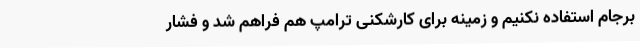
برجام استفاده نکنیم و زمینه برای کارشکنی ترامپ هم فراهم شد و فشار